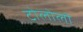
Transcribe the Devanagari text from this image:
टोलोलो